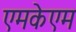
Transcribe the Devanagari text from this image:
एमकेएम